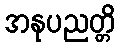
အနုပညတ္တိ